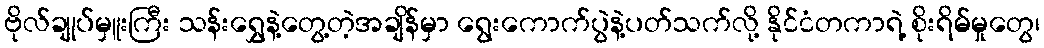
ဗိုလ်ချုပ်မှူးကြီး သန်းရွှေနဲ့တွေ့တဲ့အချိန်မှာ ရွေးကောက်ပွဲနဲ့ပတ်သက်လို့ နိုင်ငံတကာရဲ့ စိုးရိမ်မှုတွေ၊